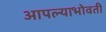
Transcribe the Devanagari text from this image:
आपल्याभोवती